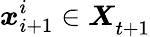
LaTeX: {\boldsymbol{x}_{i+1}^{i}\in\boldsymbol{X}}_{t+1}